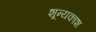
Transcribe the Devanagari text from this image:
शून्यकाश